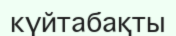
күйтабақты